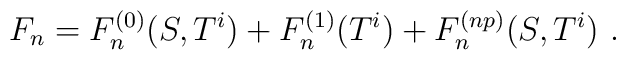
F_n = F_n^{(0)}(S,T^i) + F_n^{(1)} (T^i) + F_n^{(np)}(S,T^i)\ .